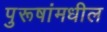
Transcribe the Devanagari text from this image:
पुरूषांमधील